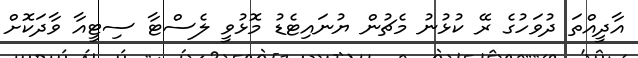
އާދީއްތަ ދުވަހުގެ ރޭ ކުޅުނު މެޗުން ޔުނައިޓެޑު މޮޅުވީ ލެސްޓާ ސިޓީއާ ވާދަކޮށް